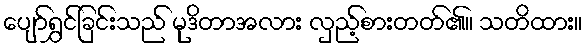
ပျော်ရွှင်ခြင်းသည် မုဒိတာအလား လှည့်စားတတ်၏။ သတိထား။